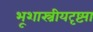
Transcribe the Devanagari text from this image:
भूशास्त्रीयदृष्ट्या